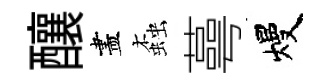
釀盡螙蕚熳